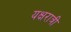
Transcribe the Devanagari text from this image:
यक्षरात्री